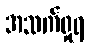
အသက်ရှုရ